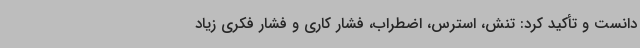
دانست و تأکید کرد: تنش، استرس، اضطراب، فشار کاری و فشار فکری زیاد